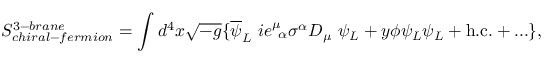
S _ { c h i r a l - f e r m i o n } ^ { 3 - b r a n e } = \int d ^ { 4 } x \sqrt { - g } \{ \overline { { { \psi } } } _ { L } ~ i e _ { ~ \alpha } ^ { \mu } \sigma ^ { \alpha } D _ { \mu } ~ \psi _ { L } + y \phi \psi _ { L } \psi _ { L } + \mathrm { h . c . } + . . . \} ,